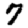
Digit: 7